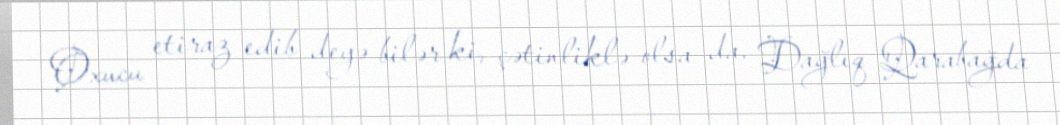
Oxucu etiraz edib deyə bilər ki, çətinliklə olsa da, Dağlıq Qarabağda